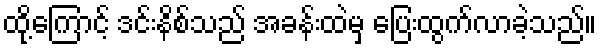
ထို့ကြောင့် ဒင်းနိစ်သည် အခန်းထဲမှ ပြေးထွက်လာခဲ့သည်။